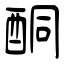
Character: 酮